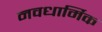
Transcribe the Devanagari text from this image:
नवधार्मिक